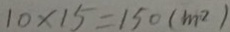
1 0 \times 1 5 = 1 5 0 ( m ^ { 2 } )